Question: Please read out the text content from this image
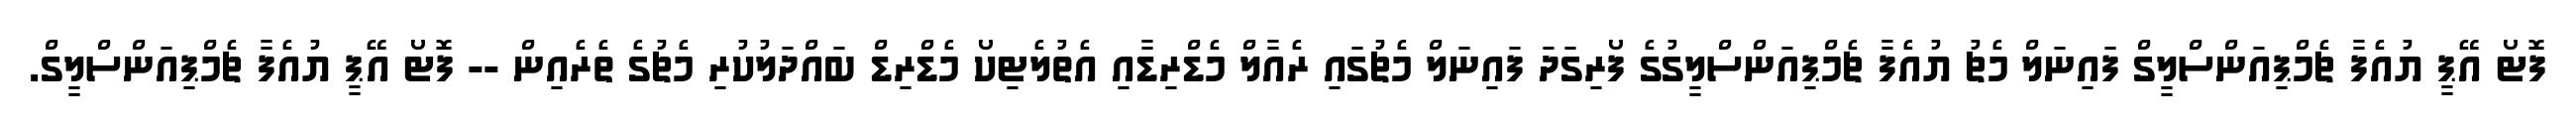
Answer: ފޮޓޯ އޭޕީ ޔުއެފާ ޗެމްޕިއަންސްލީގް ފައިނަލް މެޗު ޔުއެފާ ޗެމްޕިއަންސްލީގުގެ ފޯރިގަދަ ފައިނަލް މެޗުގައި ރެއާލް މެޑްރިޑާއި އެތުލެޓިކޯ މެޑްރިޑް ބައްދަލުކުރި މެޗުގެ ތެރެއިން -- ފޮޓޯ އޭޕީ ޔުއެފާ ޗެމްޕިއަންސްލީގް.